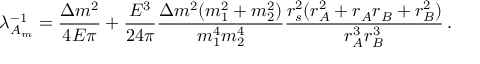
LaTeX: \lambda _ { { \cal A } _ { m } } ^ { - 1 } = \frac { \Delta m ^ { 2 } } { 4 E \pi } + \frac { E ^ { 3 } } { 2 4 \pi } \frac { \Delta m ^ { 2 } ( m _ { 1 } ^ { 2 } + m _ { 2 } ^ { 2 } ) } { m _ { 1 } ^ { 4 } m _ { 2 } ^ { 4 } } \frac { r _ { s } ^ { 2 } ( r _ { A } ^ { 2 } + r _ { A } r _ { B } + r _ { B } ^ { 2 } ) } { r _ { A } ^ { 3 } r _ { B } ^ { 3 } } \, .